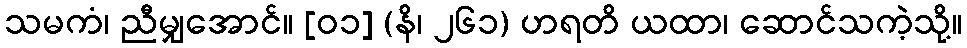
သမကံ၊ ညီမျှအောင်။ [၀၁] (နိ၊ ၂၆၁) ဟရတိ ယထာ၊ ဆောင်သကဲ့သို့။